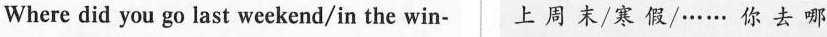
Where did you go last weekend/in the win- 上 周 末/寒 假/······ 你 去 哪